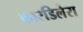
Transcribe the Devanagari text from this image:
कारडिलेरा